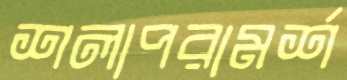
শলাপরামর্শ